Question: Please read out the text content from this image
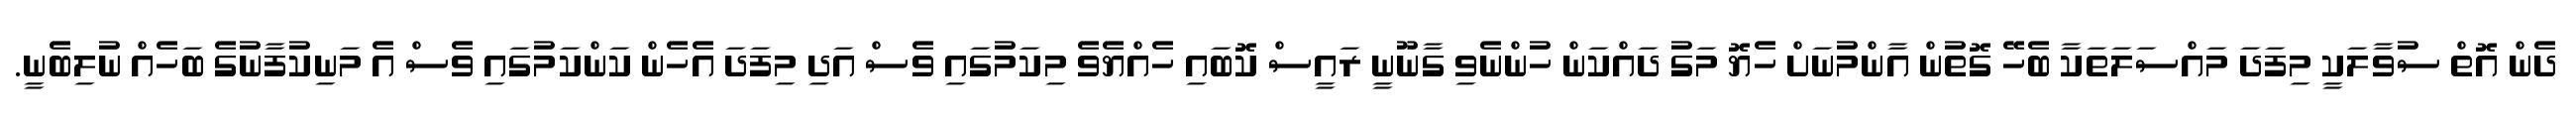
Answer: ދެން އޮތް ސުވާލަކީ މިފަދަ މައްސަލަތަކާ ބެހޭ ގޮތުން އާންމުނަށް ހެޔޮ މަގު ދައްކަން ހުންނެވި ގާނޫނީ ރައީސް ކޮބައި ހެއްޔެވެ މިކަމުގައި ވެސް އަދި މިފަދަ އެހެން ކަންކަމުގައި ވެސް އެ މަނިކުފާނުގެ ބަހެއް ނުލިބެނީ.